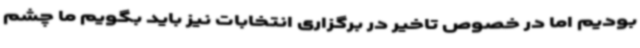
بودیم اما در خصوص تاخیر در برگزاری انتخابات نیز باید بگویم ما چشم